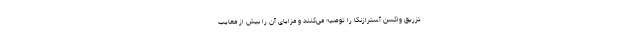
تزریق واکسن آسترازنکا را توصیه می‌کنند و مزایای آن را بیش از معایب